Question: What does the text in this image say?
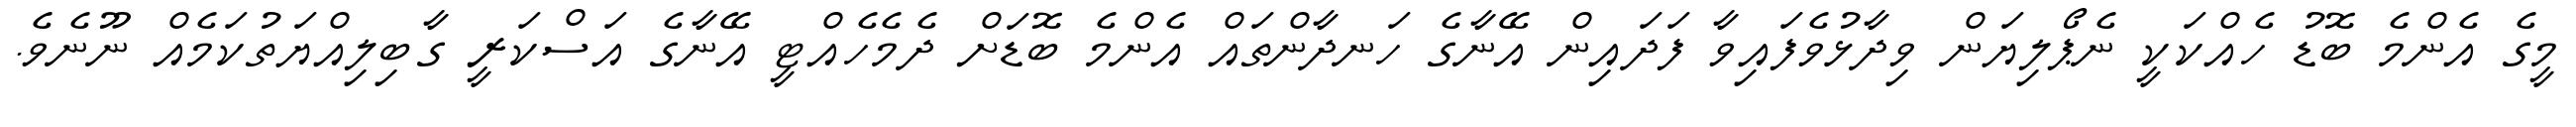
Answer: މީގެ އެންމެ ބޮޑު ހެއްކަކީ ނެޕޯލިޔަން ވިދާޅުވެފައިވާ ފަދައިން އޭނާގެ ހަނދާންތައް އެންމެ ބޮޑަށް ދެމެހެއްޓީ އޭނާގެ އަސްކަރީ ގާބިލިއްޔަތުކަމެއް ނޫނެވެ.